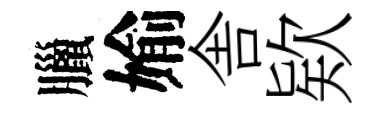
臘媮舎欵